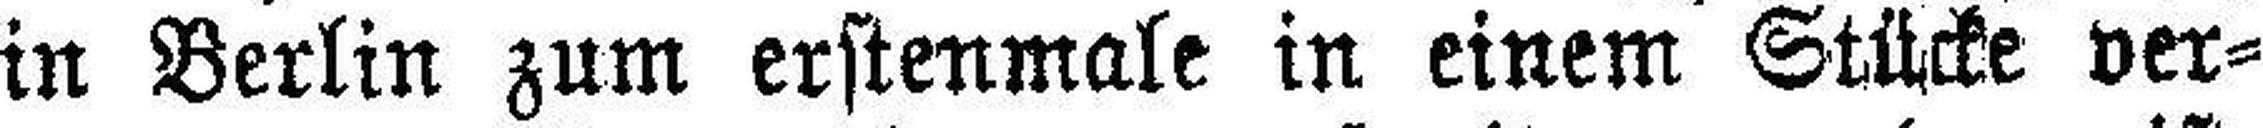
in Berlin zum erstenmale in einem Stücke ver¬